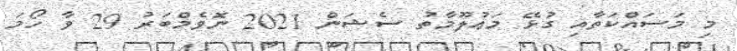
މި މަސައްކަތާއި ގުޅޭ މަޢުލޫމާތު ސެޝަން 2021 ނޮވެމްބަރު 29 ވާ ހޯމަ